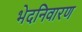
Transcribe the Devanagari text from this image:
भेदनिवारण